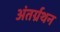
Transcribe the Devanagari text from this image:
अंतर्ग्रथन